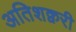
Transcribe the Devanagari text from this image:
अतिशक्वरी